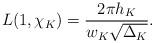
LaTeX: \begin{align*}L(1, \chi_K)=\frac{2\pi h_K}{w_K\sqrt{\Delta_K}} .\end{align*}